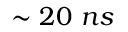
\sim 2 0 ~ n s